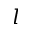
l